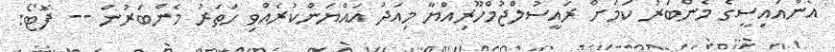
އެންއައިސީގެ މެންބަރު ކަމަށް ރައީސުލްޖުމްހޫރިއްޔާ މިއަދު އައްޔަންކުރެއްވި ހަތަރު މެންބަރުން -- ފޮޓޯ: